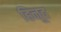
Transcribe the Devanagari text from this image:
हिनूद